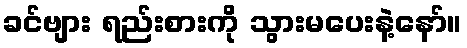
ခင်ဗျား ရည်းစားကို သွားမပေးနဲ့နော်။